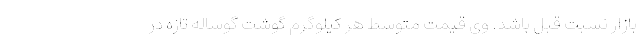
بازار نسبت قبل باشد. وی قیمت متوسط هر کیلوگرم گوشت گوساله تازه در